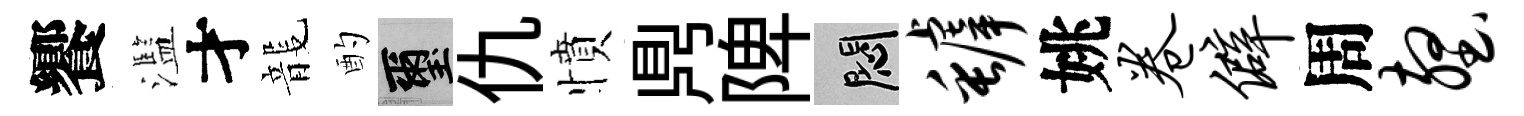
饗濫才龍酌璽仇憤𪔂陴悶罅姚卷僻周壑